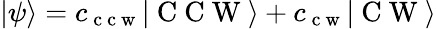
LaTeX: \vert\psi\rangle=c_{\mathrm{~c~c~w~}}\vert\mathrm{~C~C~W~}\rangle+c_{\mathrm{~c~w~}}\vert\mathrm{~C~W~}\rangle